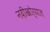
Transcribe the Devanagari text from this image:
नदीखोर्‍यात